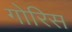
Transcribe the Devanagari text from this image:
गोरिस